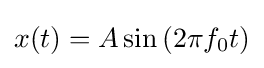
x(t)=A\sin {(2\pi f_{0}t)}